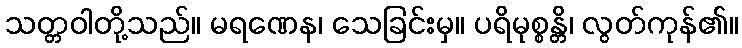
သတ္တဝါတို့သည်။ မရဏေန၊ သေခြင်းမှ။ ပရိမုစ္စန္တိ၊ လွတ်ကုန်၏။